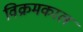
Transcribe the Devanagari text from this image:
विक्रमकाल